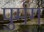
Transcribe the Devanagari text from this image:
पुर्मग